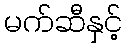
မက်ဆီနှင့်